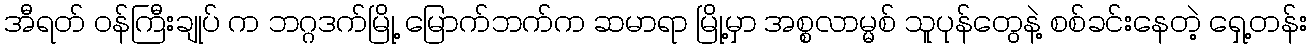
အီရတ် ဝန်ကြီးချုပ် က ဘဂ္ဂဒက်မြို့ မြောက်ဘက်က ဆမာရာ မြို့မှာ အစ္စလာမ္မစ် သူပုန်တွေနဲ့ စစ်ခင်းနေတဲ့ ရှေ့တန်း